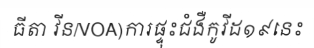
ធីតា វីន/VOA)ការផ្ទុះជំងឺកូវីដ១៩នេះ